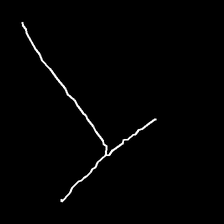
Glyph: column